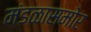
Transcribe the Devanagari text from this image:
मंडळासमोर